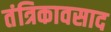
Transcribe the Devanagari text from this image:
तंत्रिकावसाद